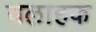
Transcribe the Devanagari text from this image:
वलाहक